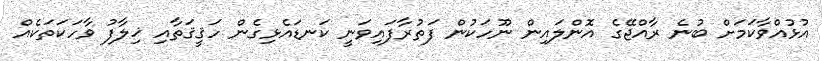
އުޅުއްވާކަމަށް ބުނެ ރާއްޖޭގެ އޮންލައިން ނޫހަކުން ފަތުރާފައިވަނީ ކަނޑައެޅިގެން ހަޤީޤަތާއި ޚިލާފު ވާހަކަތަކެއް